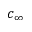
c _ { \infty }